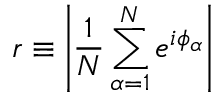
r \equiv \left\vert \frac { 1 } { N } \sum _ { \alpha = 1 } ^ { N } e ^ { i \phi _ { \alpha } } \right\vert